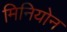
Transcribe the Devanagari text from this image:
मिनियोन